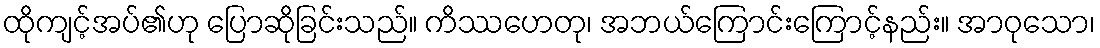
ထိုကျင့်အပ်၏ဟု ပြောဆိုခြင်းသည်။ ကိဿဟေတု၊ အဘယ်ကြောင်းကြောင့်နည်း။ အာဝုသော၊